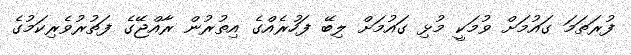
ފުރަތަމަ ގައުމަށް ވުމަކީ މުޅި ގައުމަށް ލިބޭ ފަހުރެއްގެ އިތުރުން ރާއްޖޭގެ ފަތުރުވެރިކަމުގެ